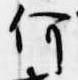
何